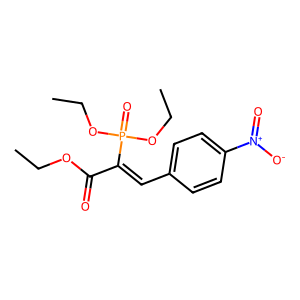
SMILES: CCOC(=O)C(=Cc1ccc([N+](=O)[O-])cc1)P(=O)(OCC)OCC
Inhibits HIV replication: No